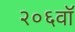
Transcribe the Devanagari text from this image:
२०६वॉ